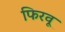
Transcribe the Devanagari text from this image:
फिरवू